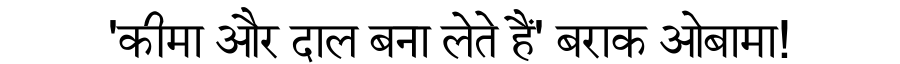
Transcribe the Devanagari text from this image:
'कीमा और दाल बना लेते हैं' बराक ओबामा!